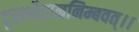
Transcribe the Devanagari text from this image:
दूरस्थैराम्रनिम्बवत्।।